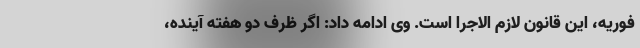
فوریه، این قانون لازم الاجرا است. وی ادامه داد: اگر ظرف دو هفته آینده،